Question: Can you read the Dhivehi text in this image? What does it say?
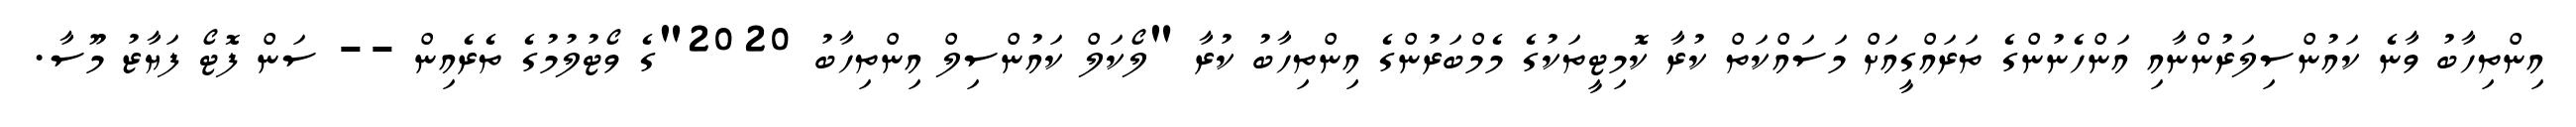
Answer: އިންތިހާބު ވާނެ ކައުންސިލަރުންނާއި އަންހެނުންގެ ތަރައްގީއަށް މަސައްކަތް ކުރާ ކޮމިޓީތަކުގެ މެމްބަރުންގެ އިންތިހާބު ކުރާ "ލޯކަލް ކައުންސިލް އިންތިހާބު 2020"ގެ ވޯޓުލުމުގެ ތެރެއިން -- ސަން ފޮޓޯ ފަޔާޒު މޫސާ.